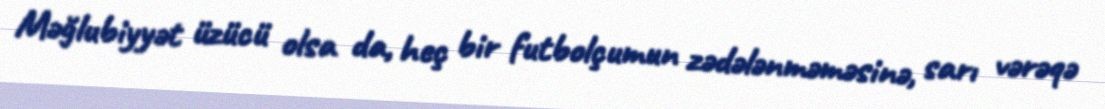
Məğlubiyyət üzücü olsa da, heç bir futbolçumun zədələnməməsinə, sarı vərəqə